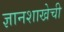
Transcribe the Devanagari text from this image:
ज्ञानशाखेची